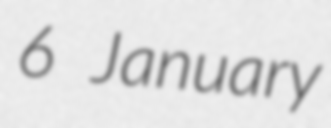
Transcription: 6 January